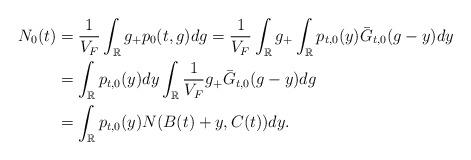
LaTeX: \begin{align*} N_0(t)&=\frac{1}{V_F}\int_{\mathbb{R}}g_+p_0(t,g)dg=\frac{1}{V_F}\int_{\mathbb{R}}g_+\int_{\mathbb{R}}p_{t,0}(y)\bar{G}_{t,0}(g-y)dy\\&=\int_{\mathbb{R}}p_{t,0}(y)dy\int_{\mathbb{R}}\frac{1}{V_F}g_+\bar{G}_{t,0}(g-y)dg\\&=\int_{\mathbb{R}}p_{t,0}(y)N(B(t)+y,C(t))dy.\end{align*}